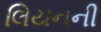
લિયનની